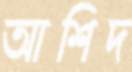
আশিদ